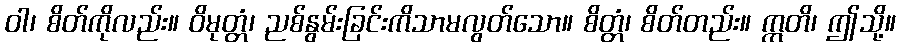
ဝါ၊ စိတ်ကိုလည်း။ ဝိမုတ္တံ၊ ညစ်နွမ်းခြင်းကိသာမလွတ်သော။ စိတ္တံ၊ စိတ်တည်း။ ဣတိ၊ ဤသို့။